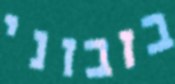
בזבזני